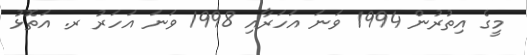
މީގެ އިތުރުން 1994 ވަނަ އަހަރާއި 1998 ވަނަ އަހަރު ރ. އަތޮޅު